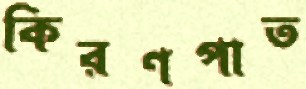
কিরণপাত